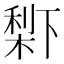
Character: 𣗱